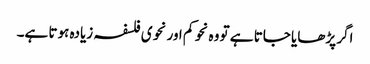
اگر پڑھایا جاتا ہے تو وہ نحو کم اور نحوی فلسفہ زیادہ ہوتا ہے۔